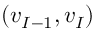
( v _ { I - 1 } , v _ { I } )